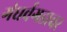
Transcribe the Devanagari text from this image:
गंधर्वगडावर